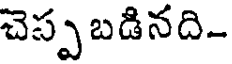
చెప్ప బడినది-